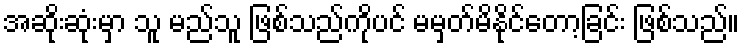
အဆိုးဆုံးမှာ သူ မည်သူ ဖြစ်သည်ကိုပင် မမှတ်မိနိုင်တော့ခြင်း ဖြစ်သည်။